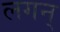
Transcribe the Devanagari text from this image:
लगन्